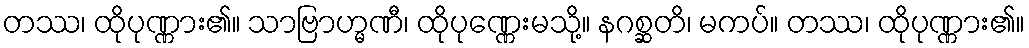
တဿ၊ ထိုပုဏ္ဏား၏။ သာဗြာဟ္မဏီ၊ ထိုပုဏ္ဏေးမသို့။ နဂစ္ဆတိ၊ မကပ်။ တဿ၊ ထိုပုဏ္ဏား၏။